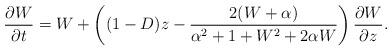
LaTeX: \begin{align*}\frac{\partial W}{\partial t} = W + \left((1-D)z -\frac{2(W+\alpha)}{\alpha^{2} + 1 + W^{2} + 2\alpha W}\right)\frac{\partial W}{\partial z}.\end{align*}